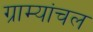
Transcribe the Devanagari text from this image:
ग्राम्यांचल